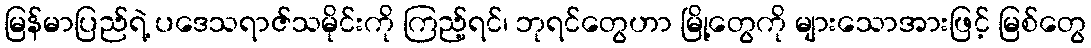
မြန်မာပြည်ရဲ့ ပဒေသရာဇ်သမိုင်းကို ကြည့်ရင်၊ ဘုရင်တွေဟာ မြို့တွေကို များသောအားဖြင့် မြစ်တွေ